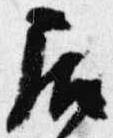
居